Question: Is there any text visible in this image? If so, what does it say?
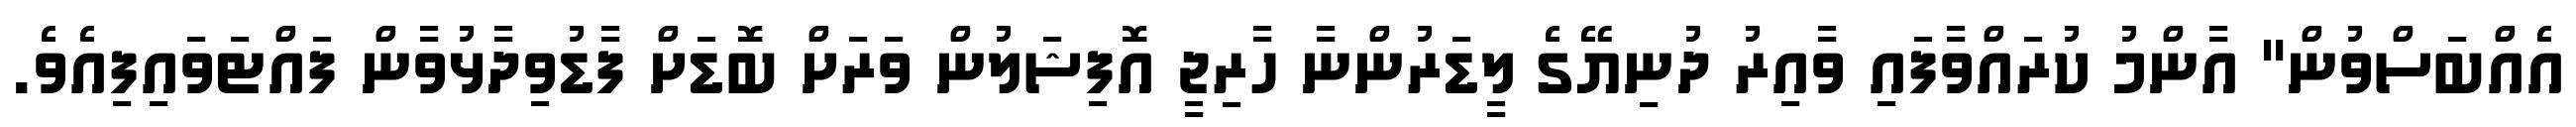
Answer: އެއްބަސްވުން" އާންމު ކުރައްވާފައި ވާއިރު ދުނިޔޭގެ ލީޑަރުންނާ ހާރިޖީ އޮފިޝަލުން ވަރަށް ބޮޑަށް ފާޑުވިދާޅުވާން ފައްޓަވައިފިއެވެ.